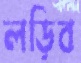
লড়িব